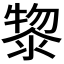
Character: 𭱮